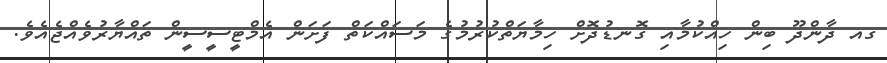
ގއ ދާންދޫ ބިން ހިއްކުމާއި ގޮނޑުދޮށް ހިމާޔަތްކުރުމުގެ މަސައްކަތް ފަށަން އެމްޓީސީސީން ތައްޔާރުވެއްޖެއެވެ.